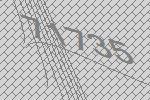
71735